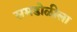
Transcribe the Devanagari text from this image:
समडोळीला